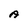
Character: A